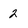
Character: 2